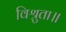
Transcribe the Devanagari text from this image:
विश्रुता॥